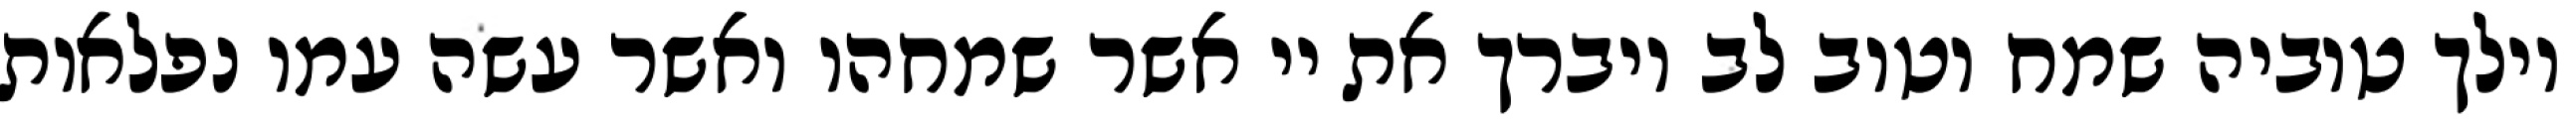
וילך טוביה שמח וטוב לב ויברך את יי אשר שמחהו ואשר עשה עמו נפלאות